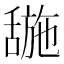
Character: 𬜌